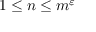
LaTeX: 1 \leq n \leq m ^ { \varepsilon }